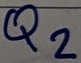
Text: Q2